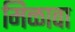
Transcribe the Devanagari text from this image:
मिळावा